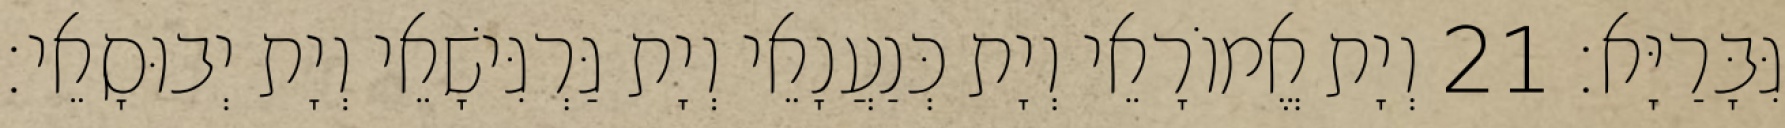
גִּבָּרַיָּא׃ 21 וְיָת אֱמוֹרָאֵי וְיָת כְּנַעֲנָאֵי וְיָת גַּרְגִּישָׁאֵי וְיָת יְבוּסָאֵי׃